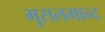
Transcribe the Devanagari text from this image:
मुसलमान्द